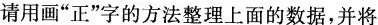
请用画”正”字的方法整理上面的数据，并将